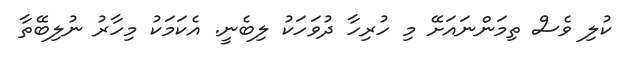
ކުލި ވެސް ތިމަންނައަށޭ މި ހުރިހާ ދުވަހަކު ލިބެނީ. އެކަމަކު މިހާރު ނުލިބޭތާ